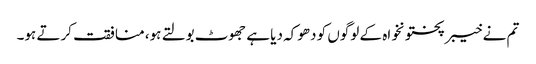
تم نے خیبرپختونخواہ کے لوگوں کو دھوکہ دیا ہے جھوٹ بولتے ہو، منافقت کرتے ہو۔